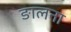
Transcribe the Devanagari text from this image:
ङालना